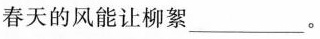
春天的风能让柳絮___。